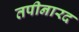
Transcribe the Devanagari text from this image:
तपीनारद